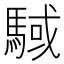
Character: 䮙